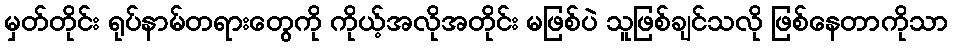
မှတ်တိုင်း ရုပ်နာမ်တရားတွေကို ကိုယ့်အလိုအတိုင်း မဖြစ်ပဲ သူဖြစ်ချင်သလို ဖြစ်နေတာကိုသာ